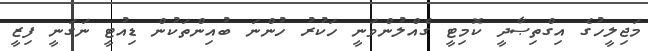
މަޖިލީހުގެ އިގްތިޞާދީ ކޮމިޓީ ގެއްލުންވަނީ ހަކުރު ހުންނަ ބުއިންތަކުން ޑިއުޓީ ނަގަނީ ފިޒީ